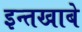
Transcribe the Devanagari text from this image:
इन्तखाबे